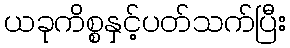
ယခုကိစ္စနှင့်ပတ်သက်ပြီး